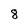
Character: 8